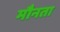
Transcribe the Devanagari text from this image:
मौनता